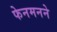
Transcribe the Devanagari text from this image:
फेनमनने